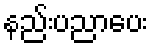
နည်းပညာပေး